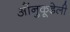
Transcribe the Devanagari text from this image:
ओंनुकूडेली